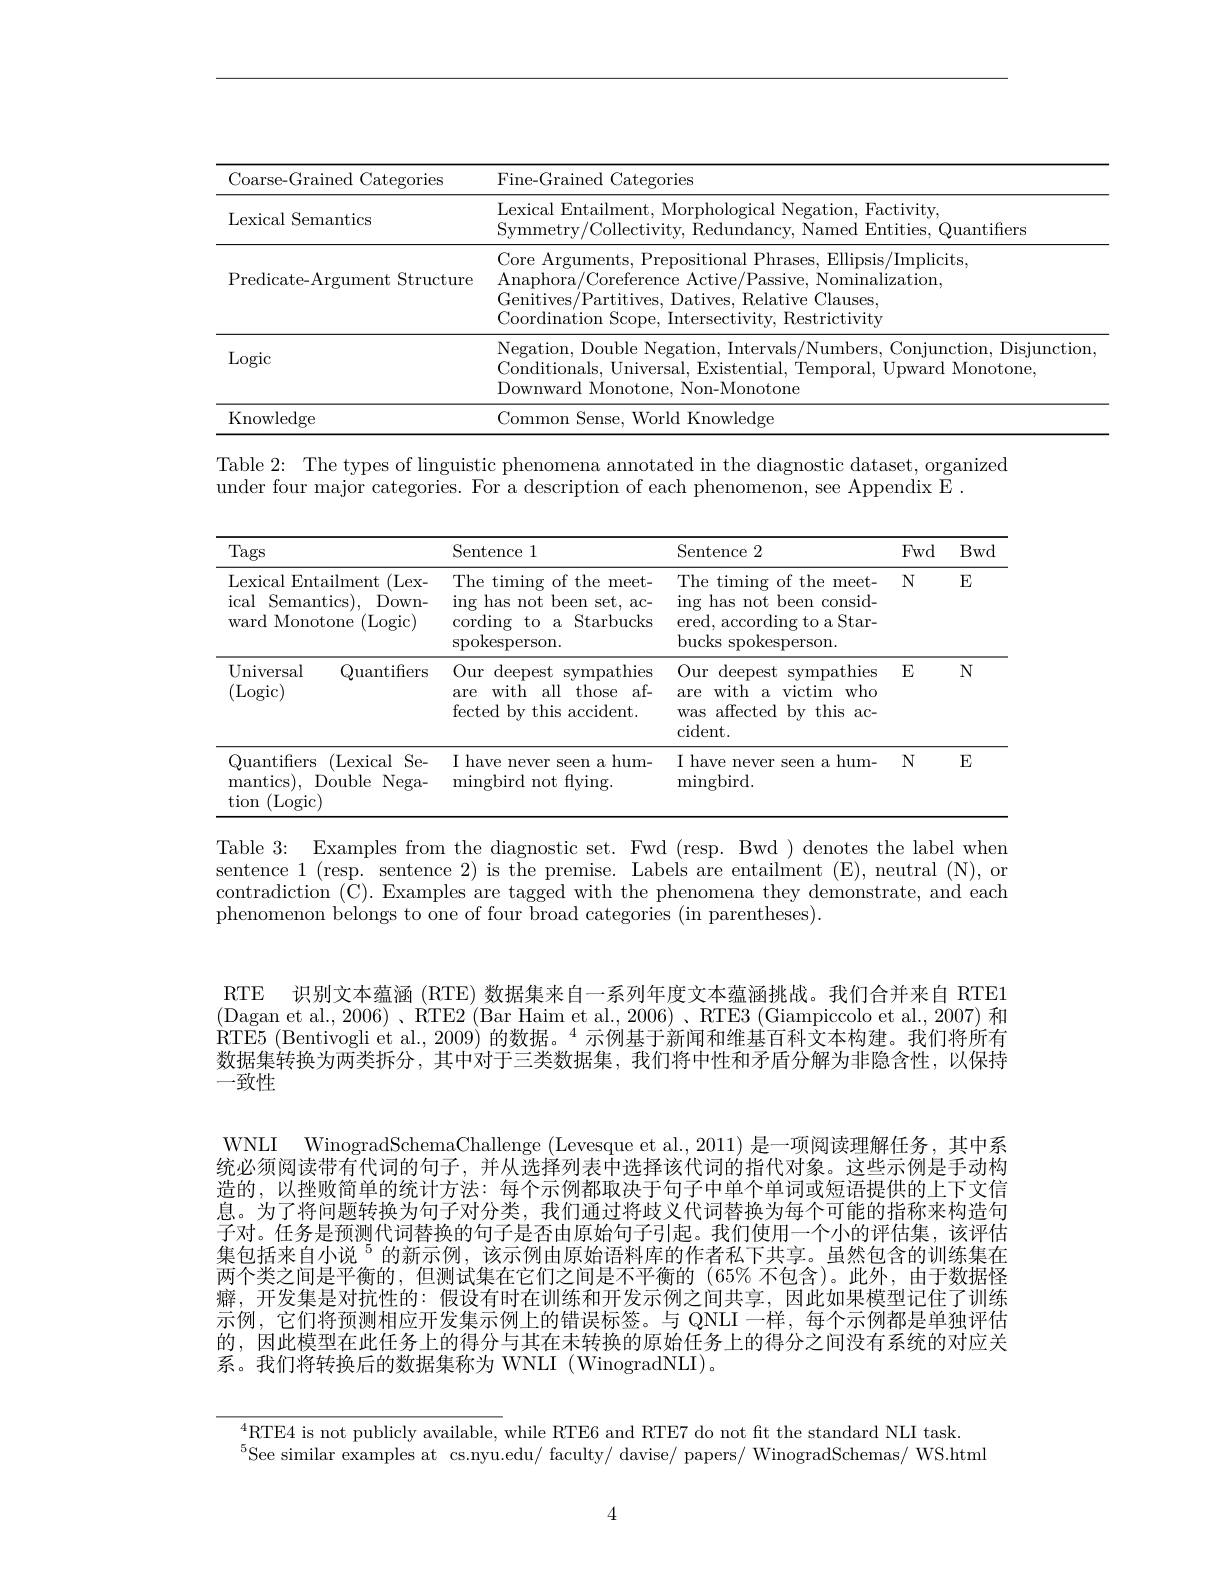
<table>
	<tbody>
		<tr>
			<th>Coarse-Grained Categories</th>
			<th>Fine-Grained Categories</th>
		</tr>
		<tr>
			<td>Lexical Semantics</td>
			<td>Lexical Entailment, Morphological Negation, Factivity, Symmetry/Collectivity, Redundancy, Named Entities, Quantifers</td>
		</tr>
		<tr>
			<td>Predicate-Argument Structure</td>
			<td>Core Arguments, Prepositional Phrases, Ellipsis/Implicits, Anaphora/Coreference Active/Passive, Nominalization, Genitives/Partitives, Datives, Relative Clauses, Coordination Scope, Intersectivity, Restrictivity</td>
		</tr>
		<tr>
			<td>Logic</td>
			<td>Negation, Double Negation, Intervals/Numbers, Conjunction, Disjunction Conditionals, Universal, Existential, Temporal, Upward Monotone, Downward Monotone, Non-Monotone</td>
		</tr>
		<tr>
			<td>Knowledge</td>
			<td>Common World Knowledge Sense</td>
		</tr>
	</tbody>
</table>

Table 2: The types of linguistic phenomena annotated in the diagnostic dataset, organized

under four major categories. For a description of each phenomenon, see Appendix E .

<table>
	<tbody>
		<tr>
			<th>Tags</th>
			<th>Sentence 1</th>
			<th>Sentence 2</th>
			<th>Fwd</th>
			<th>Bwd</th>
		</tr>
		<tr>
			<td>Lexical Entailment (Lex- ical Semantics), Down- ward Monotone (Logic)</td>
			<td>The timing of the meet- ing has not been set, ac- $\operatorname{cording}$ z to a Starbucks spokesperson.</td>
			<td>The timing of the meet- ing has not t been consid- ered, according to a Star- bucks spokesperson.</td>
			<td>$N$</td>
			<td>$E$</td>
		</tr>
		<tr>
			<td>Universal Quantifiers (Logic)</td>
			<td>Our deepest s sympathies with 1 all those af- are fected by this accident.</td>
			<td>Our $\operatorname{deepest}$ sympathies with a who are $\operatorname{victim}$ was affected $\textbf{l}$bythis $aC-$ $\operatorname{cident}.$</td>
			<td>$E$</td>
			<td>$N$</td>
		</tr>
		<tr>
			<td>Quantifers (Lexical Se- Double Nega- mantics), tion (Logic)</td>
			<td>I have never seen a hum- mingbird not fying.</td>
			<td>I have never seen a hum- mingbird.</td>
			<td>$N$</td>
			<td>$E$</td>
		</tr>
	</tbody>
</table>

Table 3: Examples from the diagnostic set. Fwd (resp. Bwd) denotes the label when sentence 1 (resp. sentence 2) is the premise. Labels are entailment (E), neutral (N), or phenomenon belongs to one of four broad categories (in parentheses).

RTE 识别文本蕴涵 (RTE) 数据集来自一系列年度文本蕴涵挑战。我们合并来自 RTE1 (Dagan et al., 2006)、RTE2 (Bar Haim et al., 2006)、RTE3 (Giampiccolo et al., 2007) 和RTE5 ( Bentivogli et al. , 2009) 的数据。$^4$示例基于新闻和维基百科文本构建。我们将所有数据集转换为两类拆分，其中对于三类数据集，我们将中性和矛盾分解为非隐含性，以保持一致性

WNLI WinogradSchemaChallenge (Levesque et al.,2011) 是一项阅读理解任务，其中系统必须阅读带有代词的句子，并从选择列表中选择该代词的指代对象。这些示例是手动构

造的，以挫败简单的统计方法：每个示例都取决于句子中单个单词或短语提供的上下文信息。为了将问题转换为句子对分类，我们通过将歧义代词替换为每个可能的指称来构造句子对。任务是预测代词替换的句子是否由原始句子引起。我们使用一个小的评估集，该评估集包括来自小说$^{5}$的新示例，该示例由原始语料库的作者私下共享。虽然包含的训练集在两个类之间是平衡的，但测试集在它们之间是不平衡的(65% 不包含)。此外，由于数据怪癖，开发集是对抗性的：假设有时在训练和开发示例之间共享，因此如果模型记住了训练示例，它们将预测相应开发集示例上的错误标签。与 QNLI 一样，每个示例都是单独评估的，因此模型在此任务上的得分与其在未转换的原始任务上的得分之间没有系统的对应关系。我们将转换后的数据集称为 WNLI (WinogradNLI)。

$^{4}$RTE4 is not publicly available, while RTE6 and RTE7 do not fit the standard NLI task.
$^{5}$See similar examples at cs.nyu.edu/ faculty/ davise/ papers/ WinogradSchemas/ WS.html

4